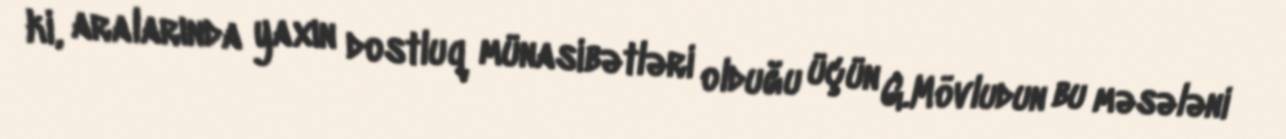
ki, aralarında yaxın dostluq münasibətləri olduğu üçün G.Mövludun bu məsələni